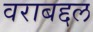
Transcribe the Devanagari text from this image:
वराबद्दल